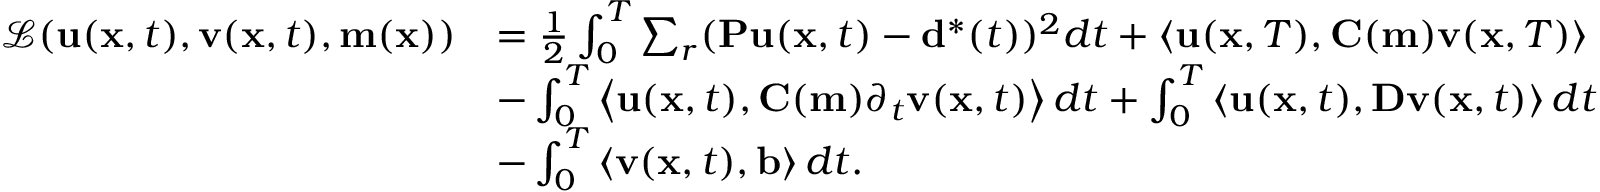
\begin{array} { r l } { \mathcal { L } ( \mathbf { u } ( \mathbf { x } , t ) , \mathbf { v } ( \mathbf { x } , t ) , \mathbf { m } ( \mathbf { x } ) ) } & { = \frac { 1 } { 2 } \int _ { 0 } ^ { T } \sum _ { r } ( \mathbf { P u } ( \mathbf { x } , t ) - \mathbf { d } ^ { * } ( t ) ) ^ { 2 } d t + \left\langle \mathbf { u } ( \mathbf { x } , T ) , \mathbf { C ( m ) } \mathbf { v } ( \mathbf { x } , T ) \right\rangle } \\ & { - \int _ { 0 } ^ { T } \left\langle \mathbf { u } ( \mathbf { x } , t ) , \mathbf { C ( m ) } \partial _ { t } \mathbf { v } ( \mathbf { x } , t ) \right\rangle d t + \int _ { 0 } ^ { T } \left\langle \mathbf { u } ( \mathbf { x } , t ) , \mathbf { D v } ( \mathbf { x } , t ) \right\rangle d t } \\ & { - \int _ { 0 } ^ { T } \left\langle \mathbf { v } ( \mathbf { x } , t ) , \mathbf { b } \right\rangle d t . } \end{array}